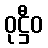
ဝုဋ္ဌီဝ